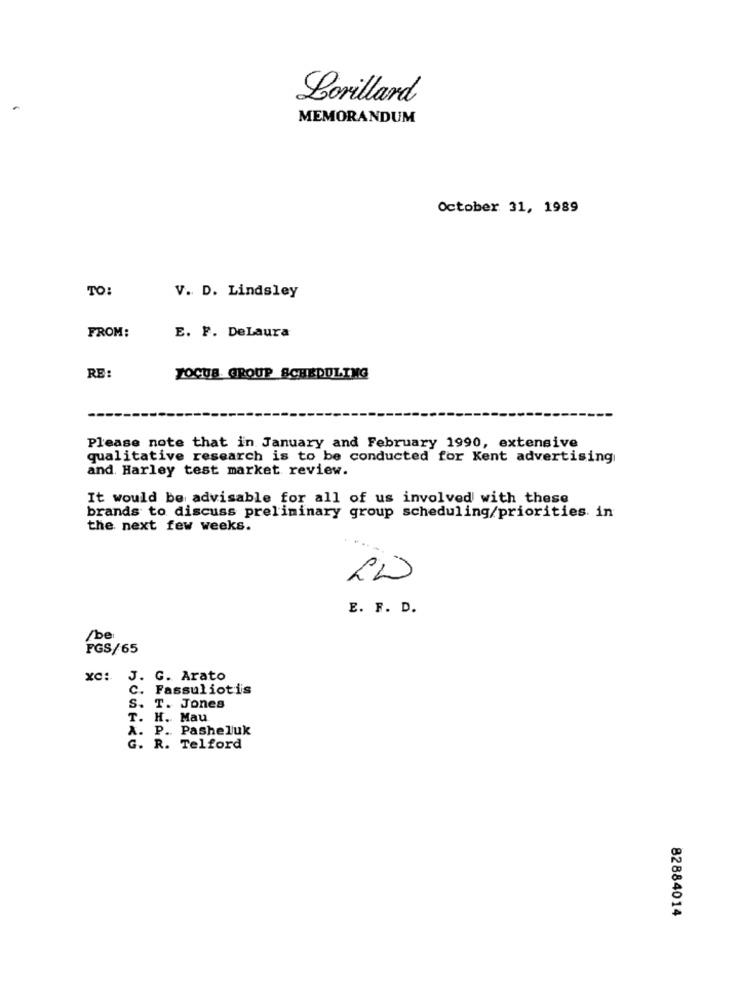
Lorillard
MEMORANDUM
October 31, 1989
TO:
V. D. Lindsley
FROM:
E. F. DeLaura
RE:
FOCUS GROUP SCHEDULING
Please note that in January and February 1990, extensive
qualitative research is to be conducted for Kent advertising
and. Harley test market review.
It would be advisable for all of us involved with these
brands to discuss preliminary group scheduling/priorities in
the next few weeks.
LW
E. F. D.
/be
FGS/65
xC: J. G. Arato
c.
Fassuliotis
S.
T. Jones
T.
H. Mau
A. P. Pashelluk
G. R. Telford
82884014